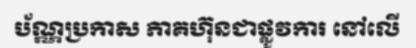
ប័ណ្ណប្រកាស ភាគហ៊ុនជាផ្លូវការ នៅលើ